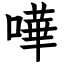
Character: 嘩